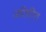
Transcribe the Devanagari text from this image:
अतिरि्‍त